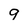
Character: 9